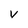
Character: V